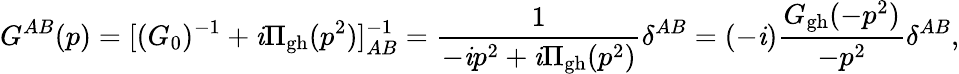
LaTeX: G^{AB}(p)=[(G_{0})^{-1}+\mathit{i}\Pi_{\mathrm{{gh}}}(p^{2})]_{AB}^{-1}={\frac{{1}}{{-\mathit{i}p^{2}+\mathit{i}\Pi_{\mathrm{{gh}}}(p^{2})}}}\delta^{AB}=(-\mathit{i}){\frac{{G_{\mathrm{{gh}}}(-p^{2})}}{{-p^{2}}}}\delta^{AB},